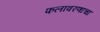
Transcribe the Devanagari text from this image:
फलावरणाचा